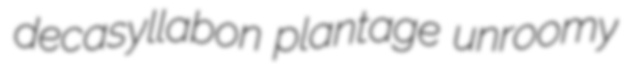
decasyllabon plantage unroomy